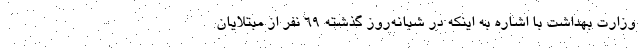
وزارت بهداشت با اشاره به اینکه در شبانه‌روز گذشته ۶۹ نفر از مبتلایان